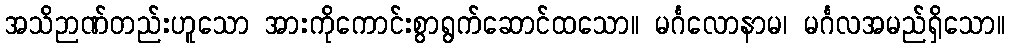
အသိဉာဏ်တည်းဟူသော အားကိုကောင်းစွာရွက်ဆောင်ထသော။ မင်္ဂလောနာမ၊ မင်္ဂလအမည်ရှိသော။